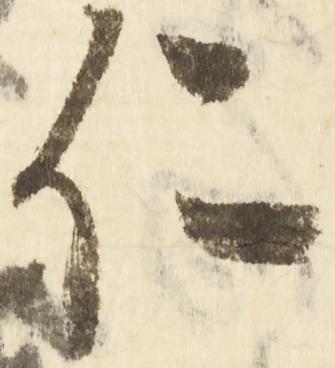
仁